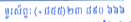
ទូរស័ព្ទៈ (+៨៥៥)២៣ ៨៩០ ៦៦៦